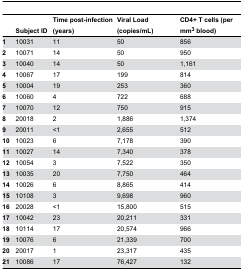
<table><thead><tr><td>[EMPTY_CELL]</td><td><b>Subject ID</b></td><td><b>Time post-infection (years)</b></td><td><b>Viral Load (copies/mL)</b></td><td><b>CD4+ T cells (per mm<sup>3</sup> blood)</b></td></tr></thead><tbody><tr><td><b>1</b></td><td>10031</td><td>11</td><td>50</td><td>856</td></tr><tr><td><b>2</b></td><td>10071</td><td>14</td><td>50</td><td>950</td></tr><tr><td><b>3</b></td><td>10040</td><td>14</td><td>50</td><td>1,161</td></tr><tr><td><b>4</b></td><td>10067</td><td>17</td><td>199</td><td>814</td></tr><tr><td><b>5</b></td><td>10004</td><td>19</td><td>253</td><td>360</td></tr><tr><td><b>6</b></td><td>10060</td><td>4</td><td>722</td><td>688</td></tr><tr><td><b>7</b></td><td>10070</td><td>12</td><td>750</td><td>915</td></tr><tr><td><b>8</b></td><td>20018</td><td>2</td><td>1,886</td><td>1,374</td></tr><tr><td><b>9</b></td><td>20011</td><td>&lt;1</td><td>2,655</td><td>512</td></tr><tr><td><b>10</b></td><td>10023</td><td>6</td><td>7,178</td><td>390</td></tr><tr><td><b>11</b></td><td>10027</td><td>14</td><td>7,340</td><td>378</td></tr><tr><td><b>12</b></td><td>10054</td><td>3</td><td>7,522</td><td>350</td></tr><tr><td><b>13</b></td><td>10035</td><td>20</td><td>7,750</td><td>464</td></tr><tr><td><b>14</b></td><td>10026</td><td>6</td><td>8,865</td><td>414</td></tr><tr><td><b>15</b></td><td>10108</td><td>3</td><td>9,698</td><td>960</td></tr><tr><td><b>16</b></td><td>20028</td><td>&lt;1</td><td>15,800</td><td>515</td></tr><tr><td><b>17</b></td><td>10042</td><td>23</td><td>20,211</td><td>331</td></tr><tr><td><b>18</b></td><td>10114</td><td>17</td><td>20,574</td><td>966</td></tr><tr><td><b>19</b></td><td>10076</td><td>6</td><td>21,339</td><td>700</td></tr><tr><td><b>20</b></td><td>20017</td><td>1</td><td>23,317</td><td>435</td></tr><tr><td><b>21</b></td><td>10086</td><td>17</td><td>76,427</td><td>132</td></tr></tbody></table>